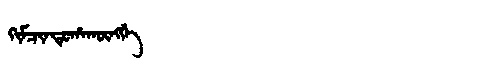
Manchu: ᡴᡳᠮᠴᡳᠨᡩᡠᡥᠠᡴᡡᠩᡤᡝ
Romanization: KIMCINDUHAKŪNGGE